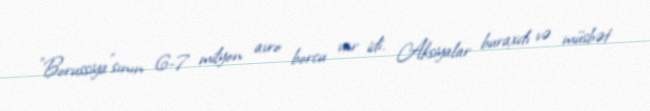
"Borussiya"sının 6-7 milyon avro borcu var idi. Aksiyalar buraxdı və müsbət